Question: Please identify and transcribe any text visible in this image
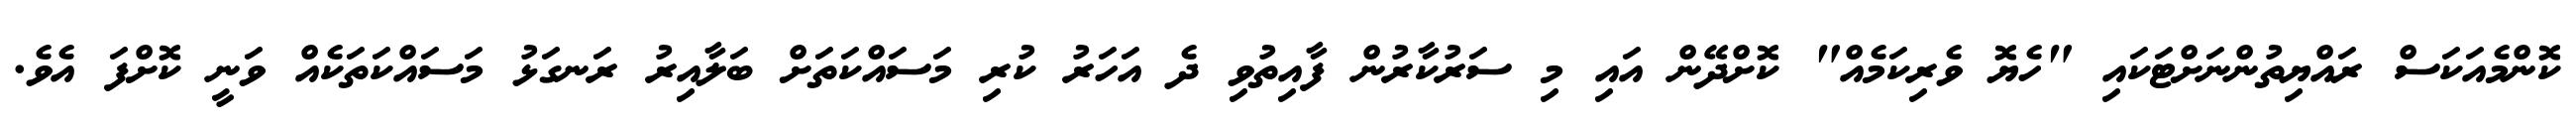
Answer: ކޮންމެއަކަސް ރައްޔިތުންނަށްޓަކައި "ހެޔޮ ވެރިކަމެއް" ކޮށްދޭން އައި މި ސަރުކާރުން ފާއިތުވި ދެ އަހަރު ކުރި މަސައްކަތަށް ބަލާއިރު ރަނގަޅު މަސައްކަތަކެއް ވަނީ ކޮށްފަ އެވެ.